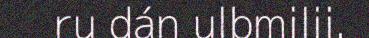
ru dán ulbmilii.